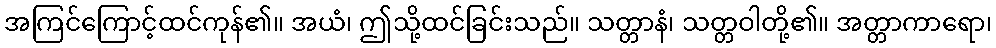
အကြင်ကြောင့်ထင်ကုန်၏။ အယံ၊ ဤသို့ထင်ခြင်းသည်။ သတ္တာနံ၊ သတ္တဝါတို့၏။ အတ္တာကာရော၊